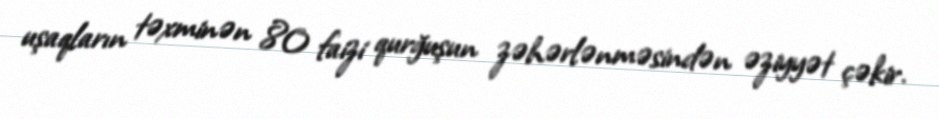
uşaqların təxminən 80 faizi qurğuşun zəhərlənməsindən əziyyət çəkir.